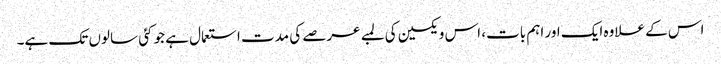
اس کے علاوہ ایک اور اہم بات، اس ویکسین کی لمبے عرصے کی مدت استعمال ہے جو کئی سالوں تک ہے۔